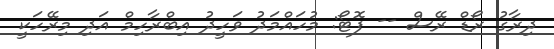
ދިރާގު ރޯޑް ރޭސް -- ފޮޓޯ: މުހައްމަދު ވަހީދު އިބްރާހިމް އަދި މިރޭހަކީ